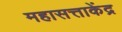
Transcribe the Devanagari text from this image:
महासत्ताकेंद्र